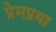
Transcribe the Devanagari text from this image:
प्रेमप्रथा